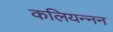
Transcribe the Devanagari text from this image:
कलियन्नन